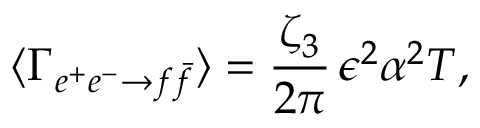
\langle \Gamma _ { e ^ { + } e ^ { - } \to f \bar { f } } \rangle = \frac { \zeta _ { 3 } } { 2 \pi } \, \epsilon ^ { 2 } \alpha ^ { 2 } T ,